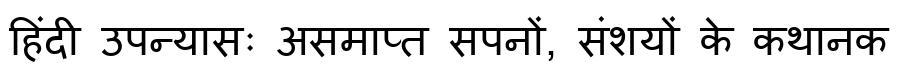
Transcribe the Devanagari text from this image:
हिंदी उपन्यासः असमाप्त सपनों, संशयों के कथानक